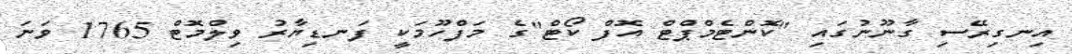
އިނގިރޭސި ގާނޫނުގައި "ކޮންޓެމްޕްޓް އޮފް ކޯޓް"ގެ މަފްހޫމަކީ ފަނޑިޔާރު ވިލްމޮޓް 1765 ވަނަ